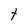
Character: t